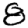
Digit: 8